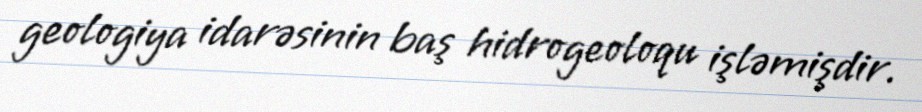
geologiya idarəsinin baş hidrogeoloqu işləmişdir.